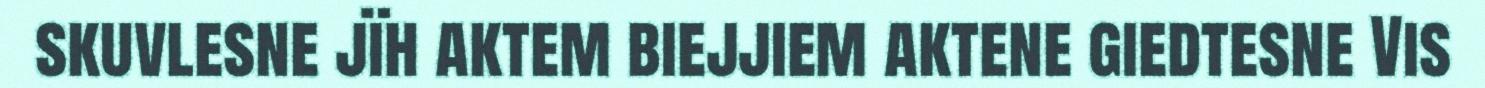
skuvlesne jïh aktem biejjiem aktene giedtesne Vis